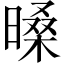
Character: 𣉕